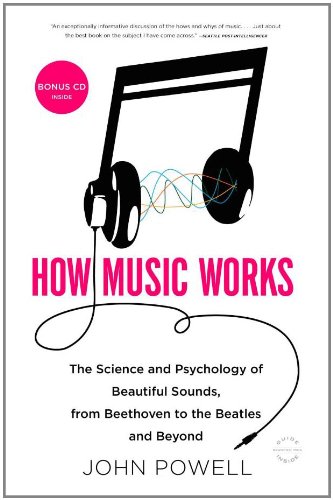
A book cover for How Music Works: The Science and Psychology of Beautiful Sounds, from Beethoven to the Beatles and Beyond; John Powell; Humor & Entertainment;